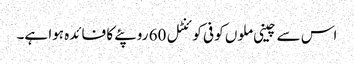
اس سے چینی ملوں کو فی کوئنٹل 60 روپئے کا فائدہ ہوا ہے۔